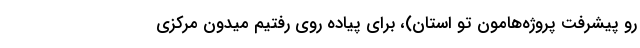
رو پیشرفت پروژه‌هامون تو استان)، برای پیاده روی رفتیم میدون مرکزی